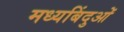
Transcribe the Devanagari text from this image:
मध्यबिंदुओं